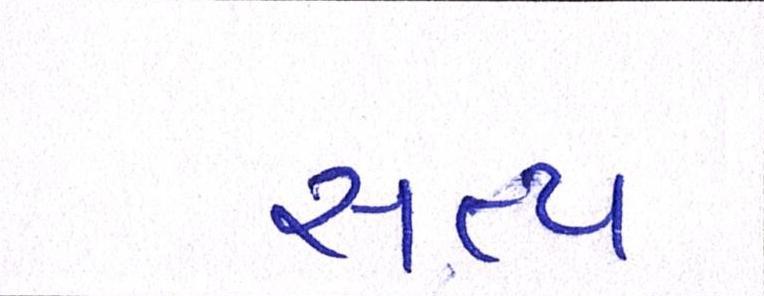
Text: સત્ય